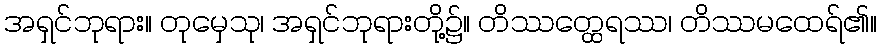
အရှင်ဘုရား။ တုမှေသု၊ အရှင်ဘုရားတို့၌။ တိဿတ္ထေရဿ၊ တိဿမထေရ်၏။